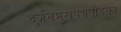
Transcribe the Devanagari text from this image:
दुर्जनमुखपद्यपादुका